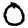
Digit: 0